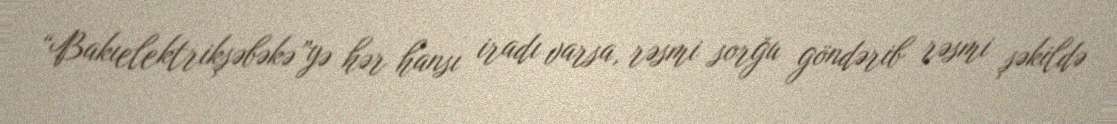
“Bakıelektrikşəbəkə”yə hər hansı iradı varsa, rəsmi sorğu göndərib rəsmi şəkildə